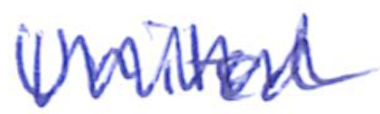
Text: United
Cross-out: zig-zag
Writing tool: ballpoint